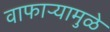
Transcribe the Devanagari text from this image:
वाफाऱ्यामुळे